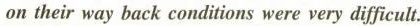
on their way back conditions were very difficult.